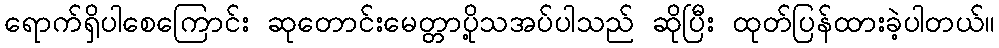
ရောက်ရှိပါစေကြောင်း ဆုတောင်းမေတ္တာပို့သအပ်ပါသည် ဆိုပြီး ထုတ်ပြန်ထားခဲ့ပါတယ်။